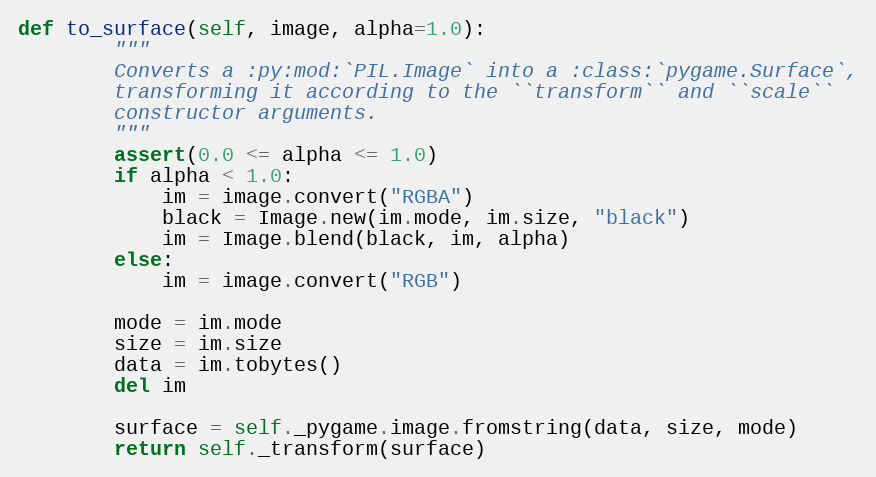
Language: Python
def to_surface(self, image, alpha=1.0):
        """
        Converts a :py:mod:`PIL.Image` into a :class:`pygame.Surface`,
        transforming it according to the ``transform`` and ``scale``
        constructor arguments.
        """
        assert(0.0 <= alpha <= 1.0)
        if alpha < 1.0:
            im = image.convert("RGBA")
            black = Image.new(im.mode, im.size, "black")
            im = Image.blend(black, im, alpha)
        else:
            im = image.convert("RGB")

        mode = im.mode
        size = im.size
        data = im.tobytes()
        del im

        surface = self._pygame.image.fromstring(data, size, mode)
        return self._transform(surface)